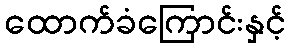
ထောက်ခံကြောင်းနှင့်